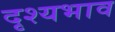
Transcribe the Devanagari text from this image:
दृश्यभाव